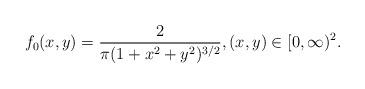
LaTeX: \begin{align*}f_0(x,y) = \frac{2}{\pi(1+x^2+y^2)^{3/2}}, (x,y) \in[0,\infty)^2.\end{align*}